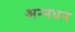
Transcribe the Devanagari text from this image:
अन्‍नधन